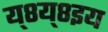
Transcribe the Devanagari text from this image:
य्८य्८इय